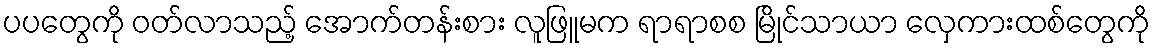
ပပတွေကို ဝတ်လာသည့် အောက်တန်းစား လူဖြူမက ရာရာစစ မြိုင်သာယာ လှေကားထစ်တွေကို